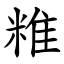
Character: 䊒